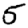
Digit: 5